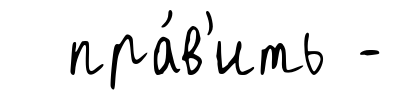
пра́в'ить -